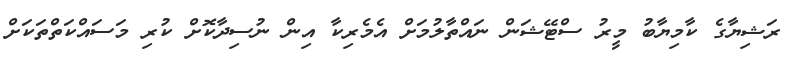
ރަޝިޔާގެ ކާމިޔާބު މީރު ސްޓޭޝަން ނައްތާލުމަށް އެމެރިކާ އިން ނުސިދާކޮށް ކުރި މަސައްކަތްތަކަށް